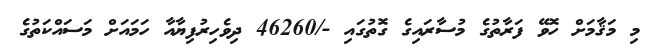
މި މަޤާމަށް ހޮވޭ ފަރާތުގެ މުސާރައިގެ ގޮތުގައި -/46260 ދިވެހިރުފިޔާއާ ހަމައަށް މަސައްކަތުގެ